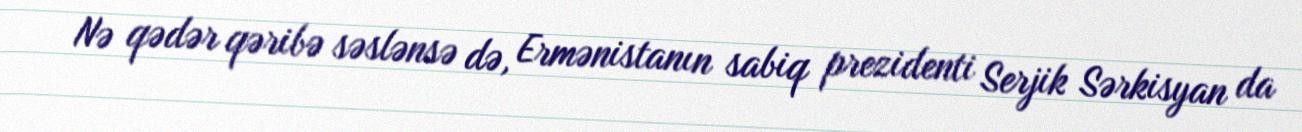
Nə qədər qəribə səslənsə də, Ermənistanın sabiq prezidenti Serjik Sərkisyan da